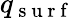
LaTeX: q_{\mathrm{~s~u~r~f~}}